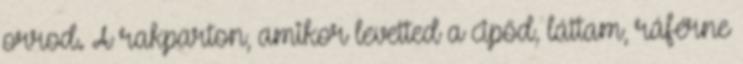
orrod. A rakparton, amikor levetted a cipőd, láttam, ráférne